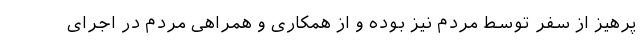
پرهیز از سفر توسط مردم نیز بوده و از همکاری و همراهی مردم در اجرای